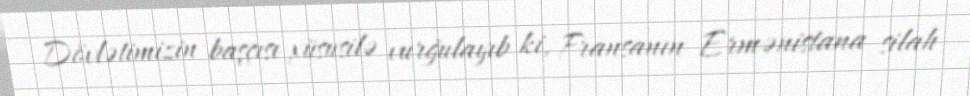
Dövlətimizin başçısı xüsusilə vurğulayıb ki, Fransanın Ermənistana silah